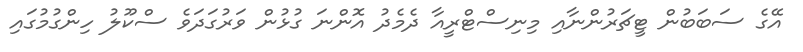
އޭގެ ސަބަބުން ޓީޗަރުންނާއި މިނިސްޓްރީއާ ދެމެދު އޮންނަ ގުޅުން ވަރުގަދަވެ ސްކޫލު ހިންގުމުގައި